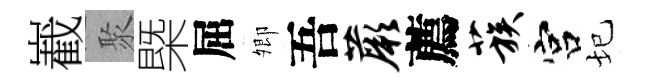
嶻聚槩屈𡖖吾蕨薦蔟宫圮